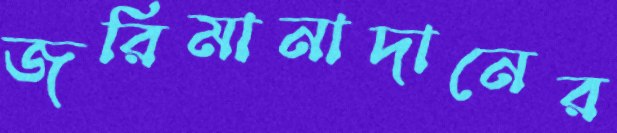
জরিমানাদানের